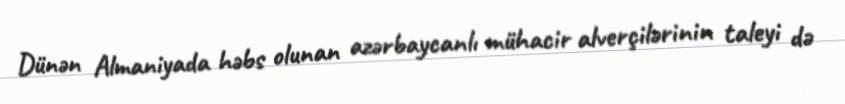
Dünən Almaniyada həbs olunan azərbaycanlı mühacir alverçilərinin taleyi də